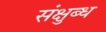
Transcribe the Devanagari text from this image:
संक्षुब्ध